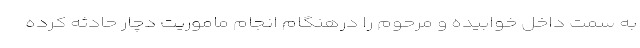
به سمت داخل خوابیده و مرحوم را درهنگام انجام ماموریت دچار حادثه کرده